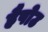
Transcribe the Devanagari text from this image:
हैपोउ